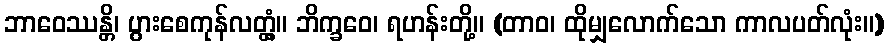
ဘာဝေဿန္တိ၊ ပွားစေကုန်လတ္တံ့။ ဘိက္ခဝေ၊ ရဟန်းတို့။ (တာဝ၊ ထိုမျှလောက်သော ကာလပတ်လုံး။)